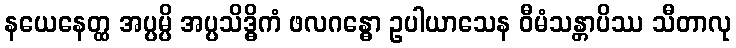
နယေနေတ္ထ အပ္ပမ္ပိ အပ္ပသိဒ္ဓိကံ ဖလဂန္ဓော ဥပါယာသေန ဝီမံသန္တာပိဿ သီတာလု